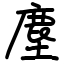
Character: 塵